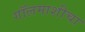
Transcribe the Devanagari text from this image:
गॉलमाशीचा